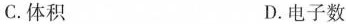
C.体积 D.电子数